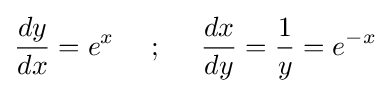
{\frac {dy}{dx}}=e^{x}{\mbox{ }}{\mbox{ }}{\mbox{ }}{\mbox{ }};{\mbox{ }}{\mbox{ }}{\mbox{ }}{\mbox{ }}{\frac {dx}{dy}}={\frac {1}{y}}=e^{-x}